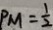
P M = \frac { 1 } { 2 }